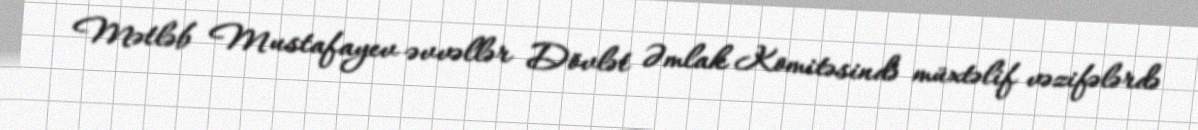
Mətləb Mustafayev əvvəllər Dövlət Əmlak Komitəsində müxtəlif vəzifələrdə